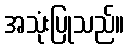
အသုံးပြုသည်။